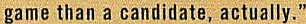
game than a candidate, actually."